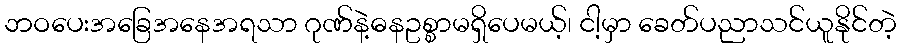
ဘဝပေးအခြေအနေအရသာ ဂုဏ်နဲ့ဓနဥစ္စာမရှိပေမယ့်၊ ငါ့မှာ ခေတ်ပညာသင်ယူနိုင်တဲ့